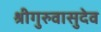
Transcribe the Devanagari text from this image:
श्रीगुरुवासुदेव